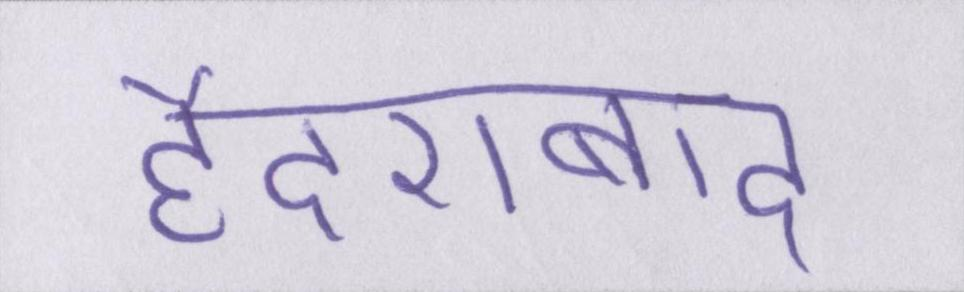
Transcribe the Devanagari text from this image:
हैदराबाद